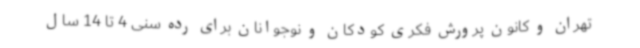
تهران و کانون پرورش فکری کودکان و نوجوانان برای رده سنی 4 تا 14 سال